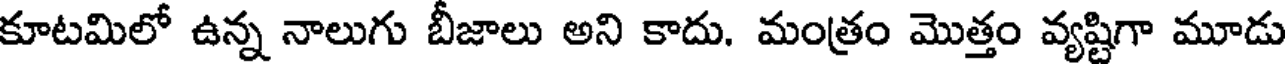
కూటమిలో ఉన్న నాలుగు బీజాలు అని కాదు. మంత్రం మొత్తం వ్యష్టిగా మూడు